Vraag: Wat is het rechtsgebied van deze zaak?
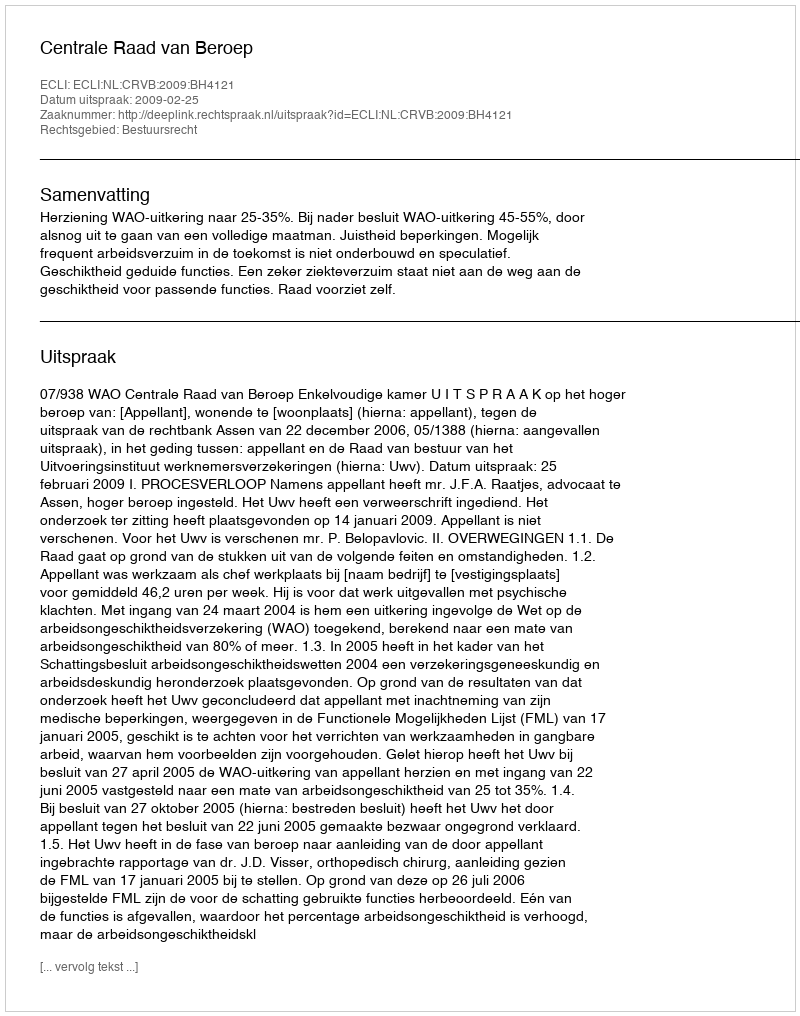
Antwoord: Bestuursrecht